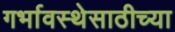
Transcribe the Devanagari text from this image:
गर्भावस्थेसाठीच्या